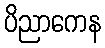
ပိညာကေန